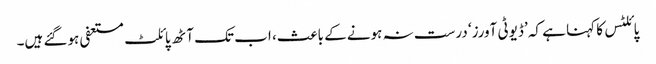
پائلٹس کا کہنا ہے کہ ’ڈیوٹی آورز‘ درست نہ ہونے کے باعث، اب تک آٹھ پائلٹ مستعفی ہوگئے ہیں۔